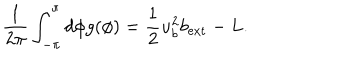
\frac { 1 } { 2 \pi } \int _ { - \pi } ^ { \pi } d \phi g ( \phi ) = \frac { 1 } { 2 } u _ { b } ^ { 2 } b _ { \mathrm { e x t } } - L .